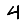
Digit: 4